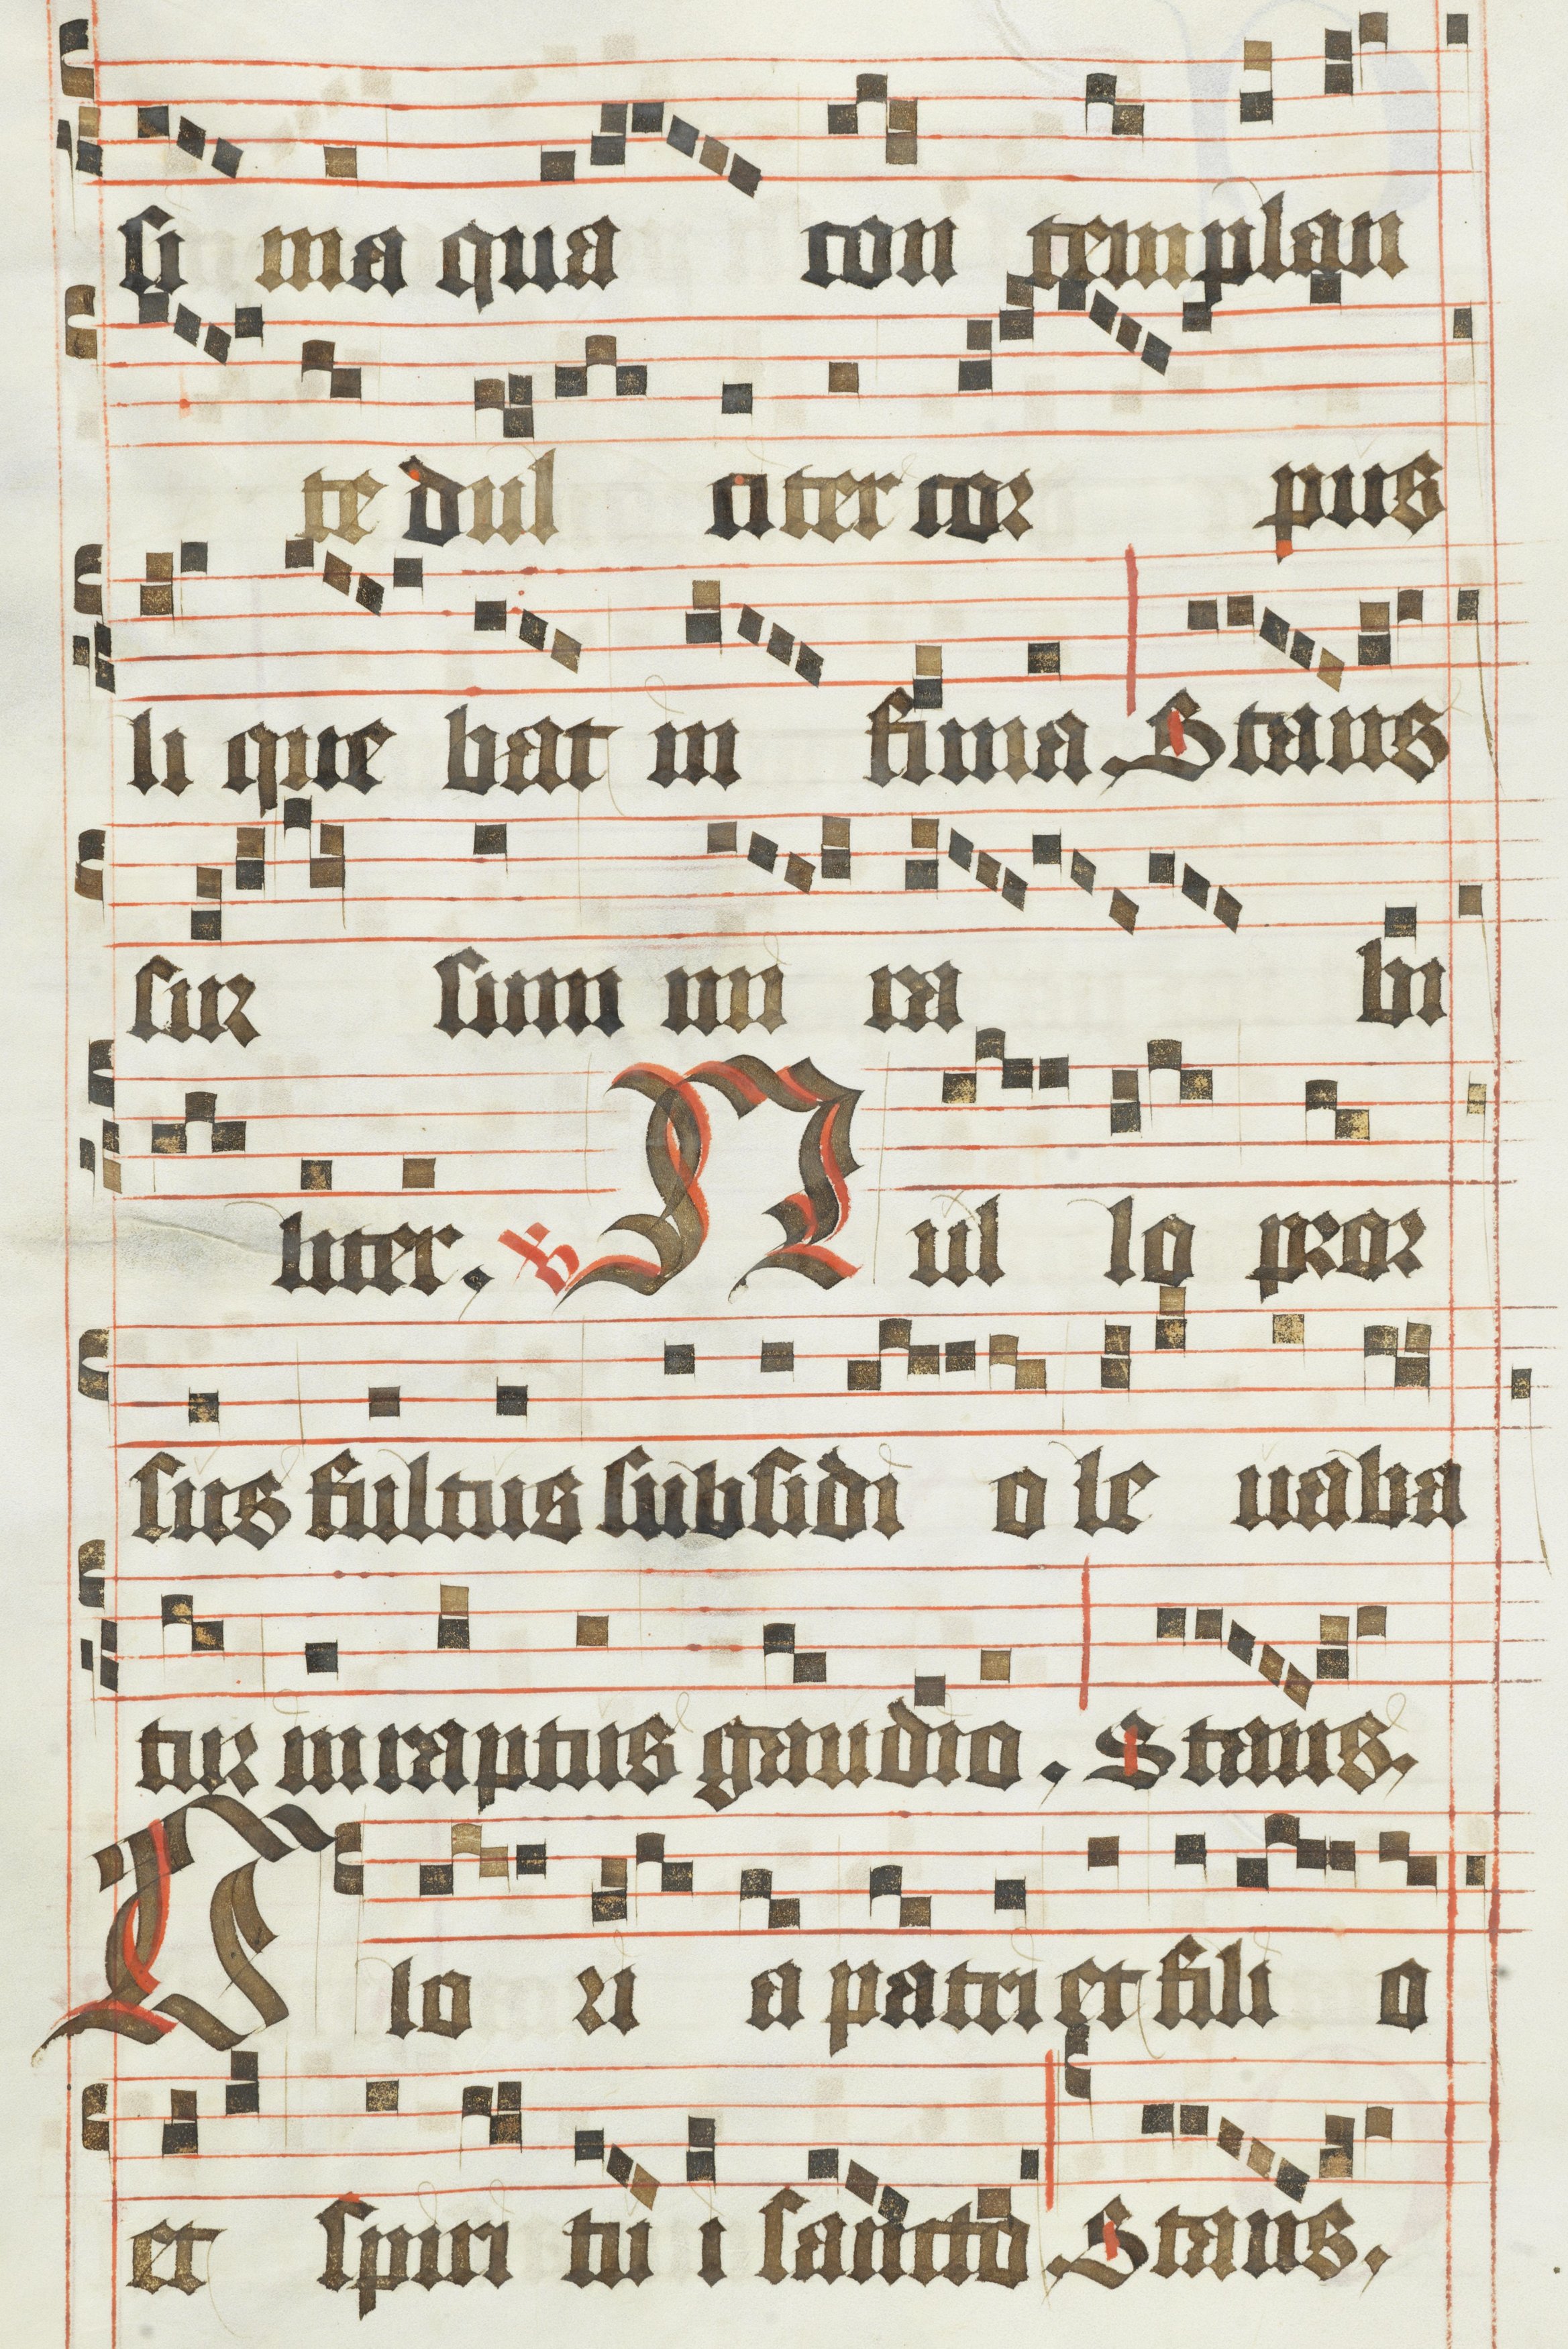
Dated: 1483–1484